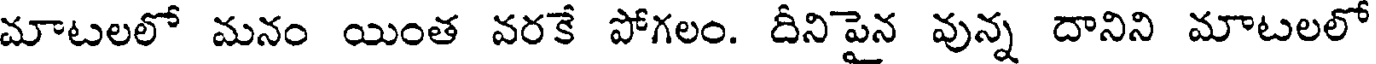
మాటలలో మనం యింత వరకే పోగలం. దీనిపైన వున్న దానిని మాటలలో